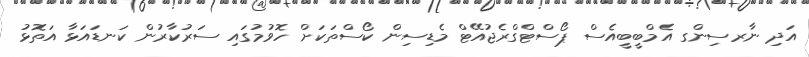
އަދި ނާރސިންގ އެމްބީބީއެސް ޕޯސްޓްގްރެޖުއޭޓް މެޑިސިން ކޯސްތަކަށް ހޮވުމުގައި ސަރުކާރުން ކަނޑައަޅާ އަތޮޅު